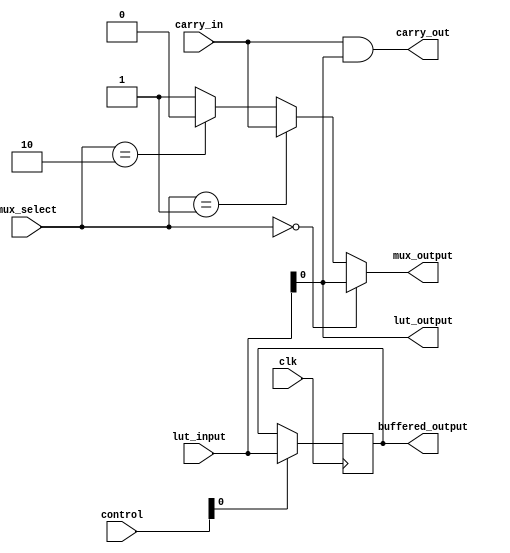
module CLB (
    input wire [3:0] lut_input,          // 4-input LUT
    input wire [1:0] mux_select,         // Multiplexer select lines
    input wire carry_in,                  // Carry input for arithmetic operations
    input wire [1:0] control,             // Control signals for enabling/disabling functions
    input wire clk,                       // Clock signal for flip-flops (if included)
    output wire lut_output,               // Output from the LUT
    output wire mux_output,               // Output from the multiplexer
    output wire carry_out,                // Carry output
    output wire [3:0] buffered_output     // Buffered output
);

    // Configuration memory for LUT
    reg [15:0] lut_config; // 16 possible configurations for a 4-input LUT

    // LUT implementation
    always @(*) begin
        case (lut_config)
            16'b0000000000000000: lut_output = 1'b0; // Example configuration
            16'b0000000000000001: lut_output = lut_input[0]; // Example configuration
            // Add more configurations as needed
            default: lut_output = 1'b0; // Default case
        endcase
    end

    // Multiplexer implementation
    assign mux_output = (mux_select == 2'b00) ? lut_output :
                        (mux_select == 2'b01) ? carry_in :
                        (mux_select == 2'b10) ? 1'b0 : // Example input
                        1'b1; // Example input

    // Carry logic (simple example)
    assign carry_out = carry_in & lut_output; // Example carry logic

    // Input/Output Buffers
    reg [3:0] buffer_reg;
    always @(posedge clk) begin
        if (control[0]) begin
            buffer_reg <= lut_input; // Buffer input if control signal is enabled
        end
    end

    assign buffered_output = buffer_reg;

    // Configuration memory setup (for demonstration)
    initial begin
        lut_config = 16'b0000000000000001; // Initialize LUT configuration (example)
    end

endmodule